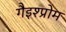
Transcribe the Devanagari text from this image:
गैइश्प्रोम